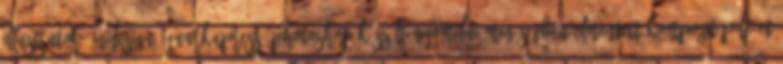
Illustrator, InDesign, QuarkXpress, Photoshop készült,nyomdai minőségben elmentett kompozit pdf-et